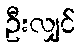
ဦးလျှင်